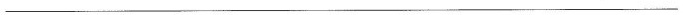
___